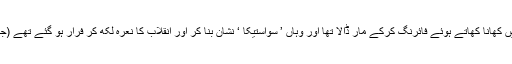
نازی ‘جوڑے نے لاس ویگاس پولیس کے دو افسروں اور ایک شہری کو ایک ریستوراں میں کھانا کھاتے ہوئے فائرنگ کرکے مار ڈالا تھا اور وہاں ’ سواستیکا ‘ نشان بنا کر اور انقلاب کا نعرہ لکھ کر فرار ہو گئے تھے (جیرڈ اور ایمنڈا مِلرنامی ایک سفید فام جوڑا اسی دن پولیس مقابلے میں ہلاک کر دیا گیا تھا ) ۔